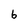
Character: b